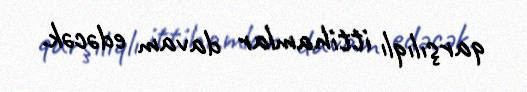
qarşılıqlı ittihamlar davam edəcək.